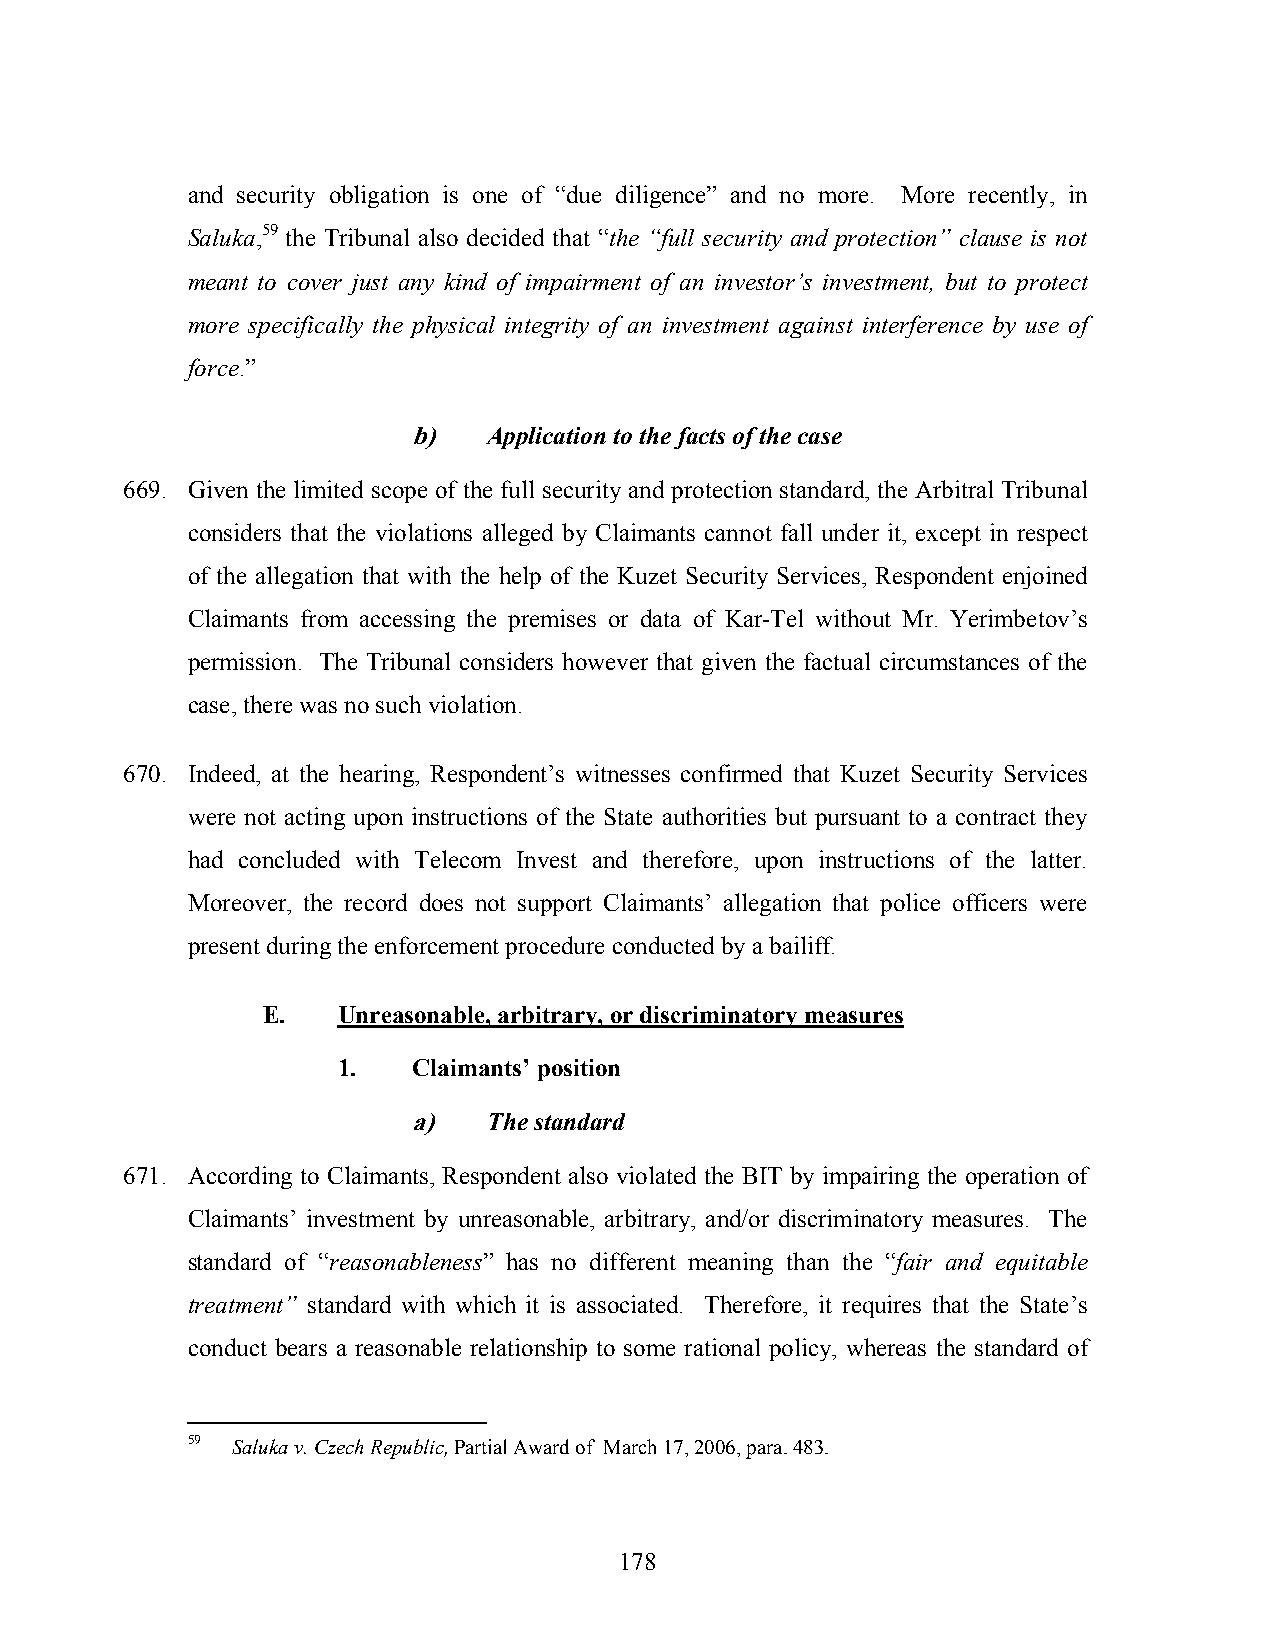
and security obligation is one of “due diligence” and no more. More recently, in
 Saluka,59 the Tribunal also decided that “the “full security and protection” clause is not
 meant to cover just any kind of impairment of an investor’s investment, but to protect
 more specifically the physical integrity of an investment against interference by use of
 force.”
 b)   Application to the facts of the case
 669. Given the limited scope of the full security and protection standard, the Arbitral Tribunal
 considers that the violations alleged by Claimants cannot fall under it, except in respect
 of the allegation that with the help of the Kuzet Security Services, Respondent enjoined
 Claimants from accessing the premises or data of Kar-Tel without Mr. Yerimbetov’s
 permission. The Tribunal considers however that given the factual circumstances of the
 case, there was no such violation.
 670. Indeed, at the hearing, Respondent’s witnesses confirmed that Kuzet Security Services
 were not acting upon instructions of the State authorities but pursuant to a contract they
 had concluded with Telecom Invest and therefore, upon instructions of the latter.
 Moreover, the record does not support Claimants’ allegation that police officers were
 present during the enforcement procedure conducted by a bailiff.
 E.   Unreasonable, arbitrary, or discriminatory measures
 1.   Claimants’ position
 a)   The standard
 671. According to Claimants, Respondent also violated the BIT by impairing the operation of
 Claimants’ investment by unreasonable, arbitrary, and/or discriminatory measures. The
 standard of “reasonableness” has no different meaning than the “fair and equitable
 treatment” standard with which it is associated. Therefore, it requires that the State’s
 conduct bears a reasonable relationship to some rational policy, whereas the standard of
 59 Saluka v. Czech Republic, Partial Award of March 17, 2006, para. 483.
 178